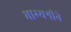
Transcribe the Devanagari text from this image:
भाग्यश्रीने